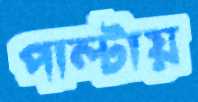
পাল্টায়